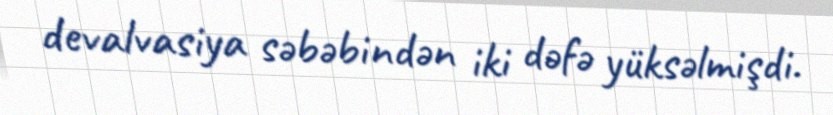
devalvasiya səbəbindən iki dəfə yüksəlmişdi.